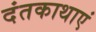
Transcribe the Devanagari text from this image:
दंतकाथाएं